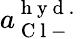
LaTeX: a_{\mathrm{~C~l~-~}}^{\mathrm{~h~y~d~.~}}